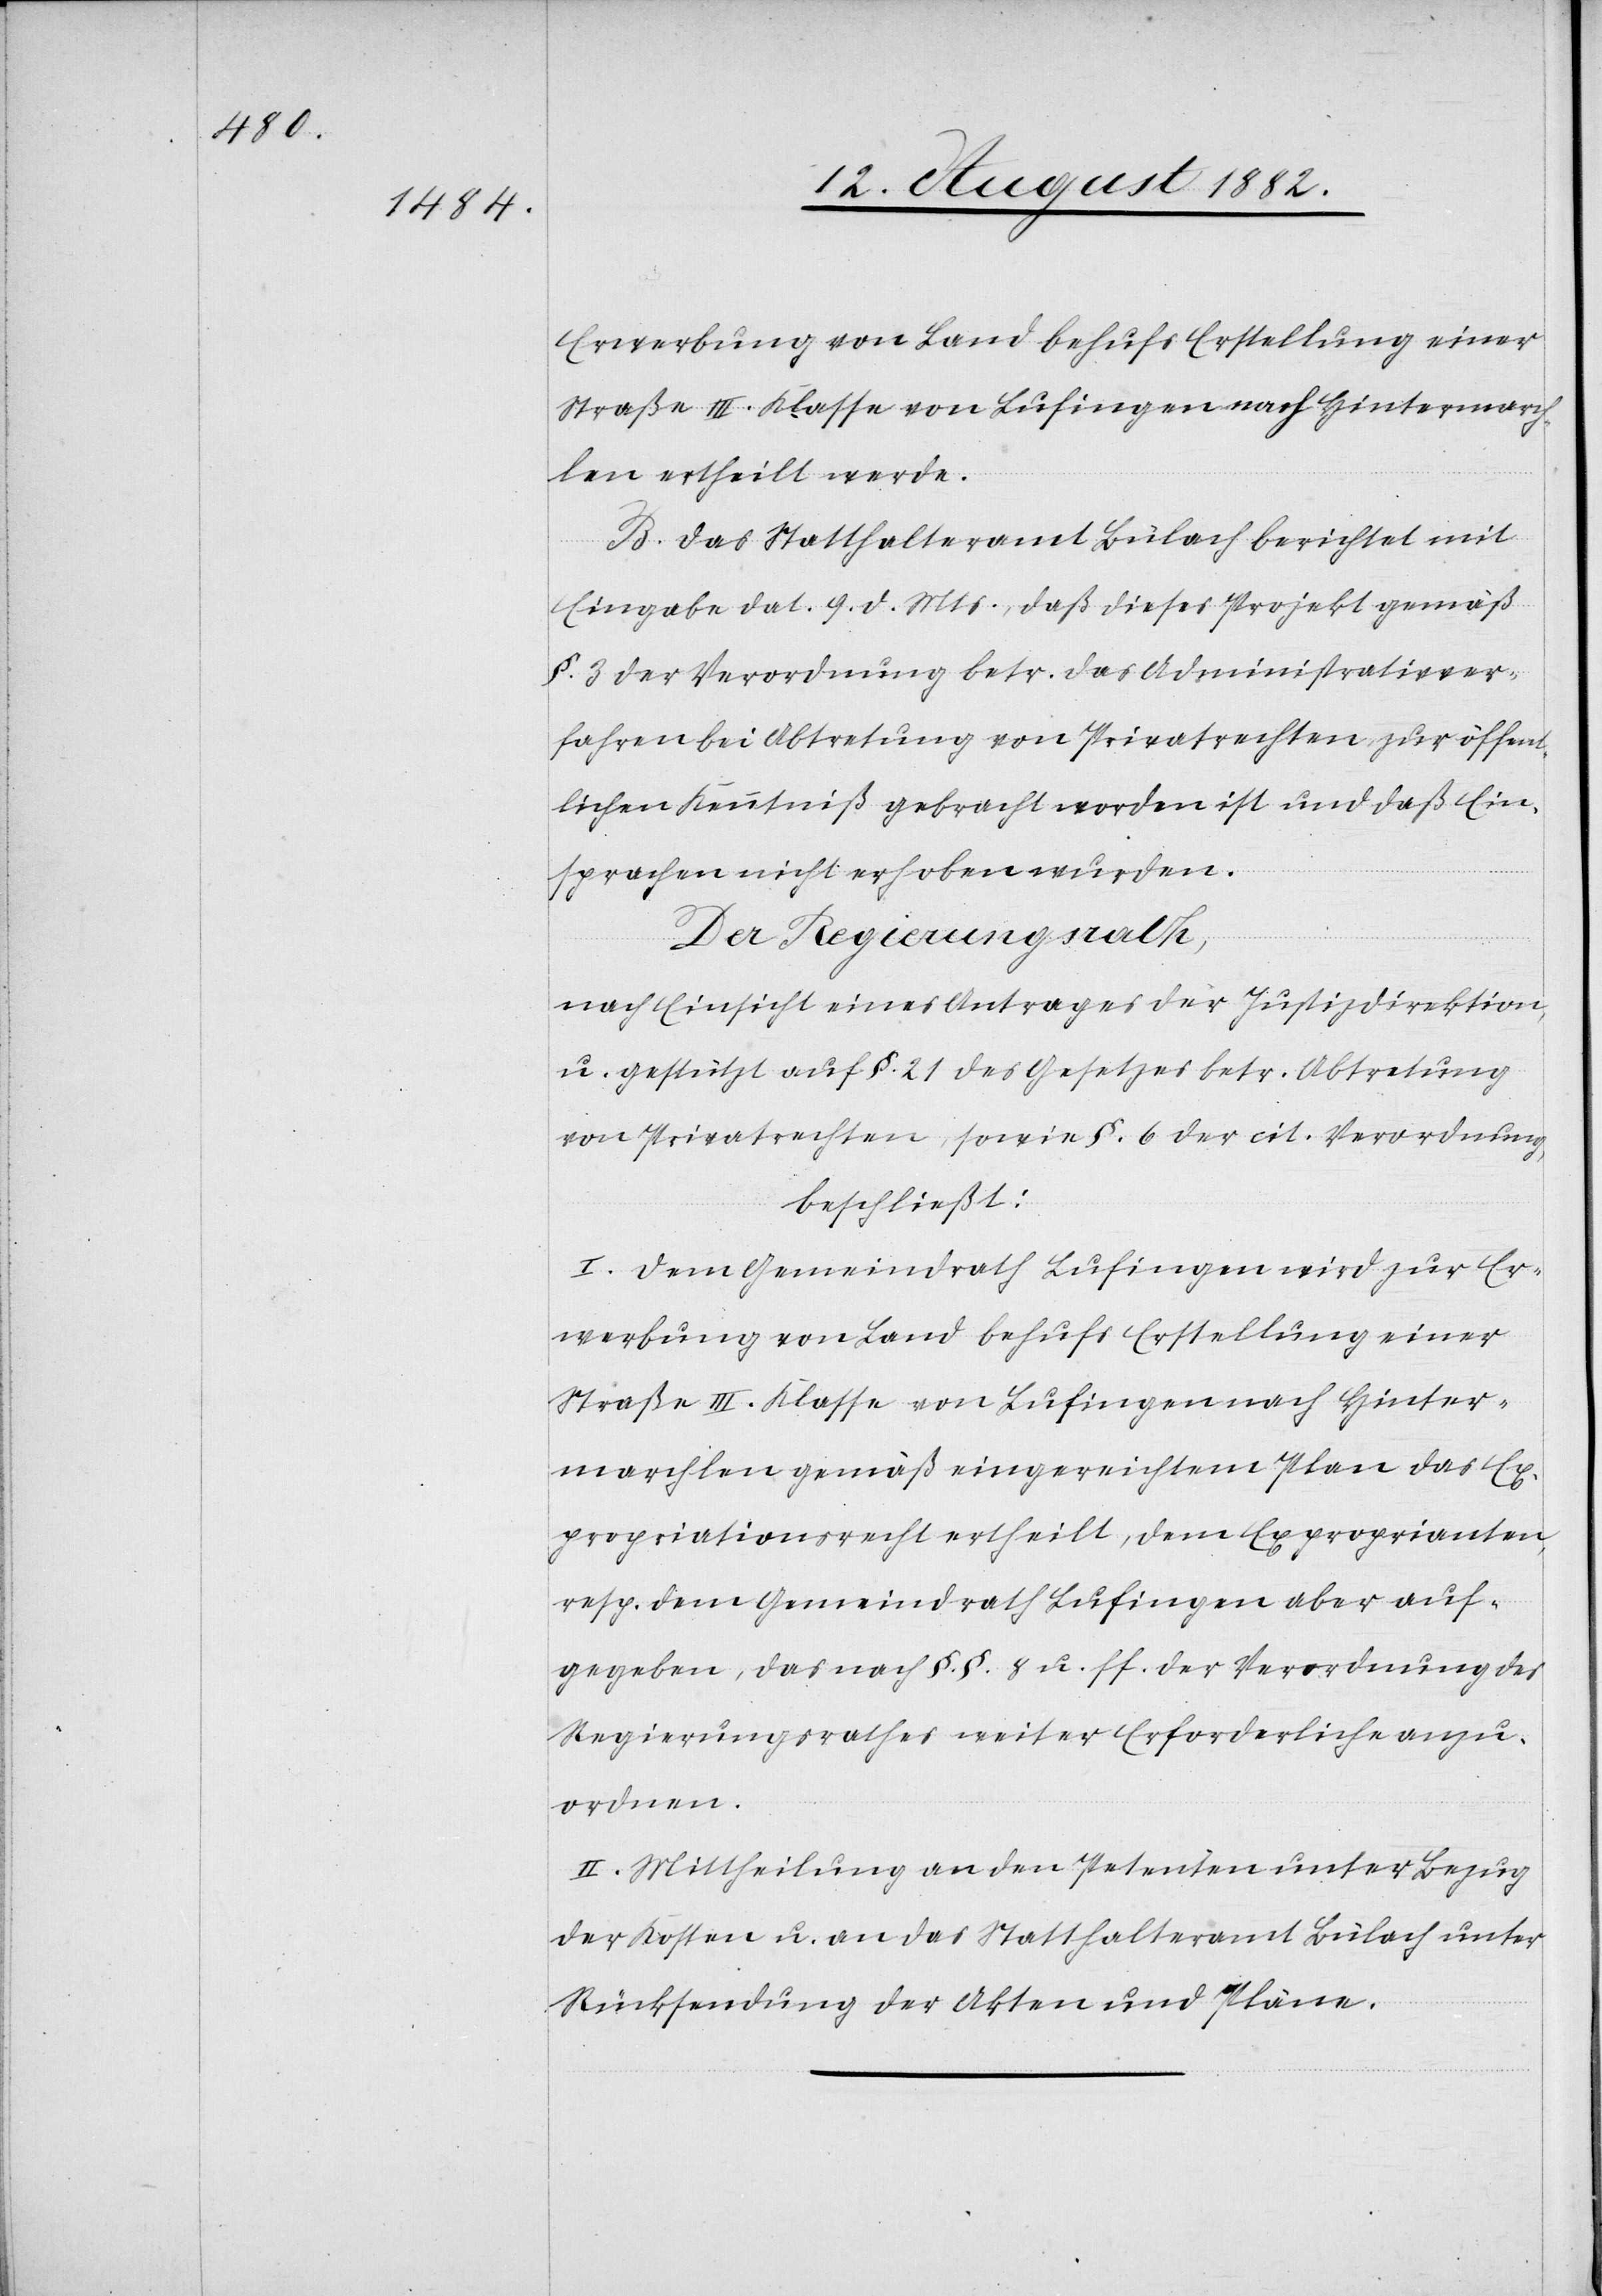
Erwerbung von Land behufs Erstellung einer
Straße III. Klasse von Lufingen nach Hintermarch¬
len ertheilt werde.
B. Das Statthalteramt Bülach berichtet mit
Eingabe dat. 9. d. Mts., daß dieses Projekt gemäß
§. 3 der Verordnung betr. das Administrativver¬
fahren bei Abtretung von Privatrechten zur öffent¬
lichen Kenntniß gebracht worden ist und daß Ein¬
sprachen nicht erhoben wurden.
Der Regierungsrath,
nach Einsicht eines Antrages der Justizdirektion
u. gestützt auf §. 21 des Gesetzes betr. Abtretung
von Privatrechten, sowie §. 6 der cit. Verordnung,
beschließt:
I. Dem Gemeindrath Lufingen wird zur Er¬
werbung von Land behufs Erstellung einer
Straße III. Klasse von Lufingen nach Hinter¬
marchlen gemäß eingereichtem Plan das Ex¬
propriationsrecht erhteilt, dem Exproprianten,
resp. dem Gemeindrath Lufingen aber auf¬
gegeben, das nach §. §. 8 u. ff. der Verordnung des
Regierungsrathes weiter Erforderliche anzu¬
ordnen.
II. Mittheilung an den Petenten unter Bezug
der Kosten u. an das Statthalteramt Bülach unter
Rücksendung der Akten und Pläne.